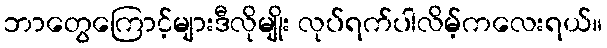
ဘာတွေကြောင့်များဒီလိုမျိုး လုပ်ရက်ပါလိမ့်ကလေးရယ်။